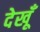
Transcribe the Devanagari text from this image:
देखूँ